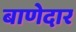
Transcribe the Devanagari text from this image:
बाणेदार